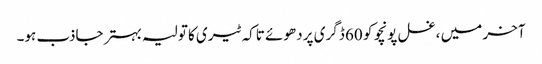
آخر میں ، غسل پونچو کو 60 ڈگری پر دھوئے تاکہ ٹیری کا تولیہ بہتر جاذب ہو۔